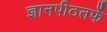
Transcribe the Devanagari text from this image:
ज्ञानपीठतर्फे